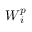
\boldsymbol { W } _ { i } ^ { p }